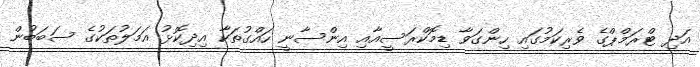
އަދި ޓްރަމްޕްގެ ވެރިކަމުގައި ހިންގަވާ ޑިމޮކްރަސީއާއި އިންސާނީ ހައްގުތަކާ އިދިކޮޅު އަމަލުތަކުގެ ސަބަބުން